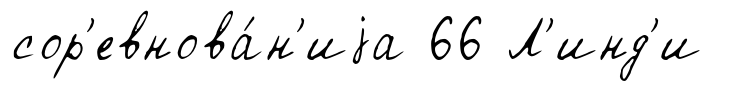
сор'евнова́н'иjа 66 Л'инд'и